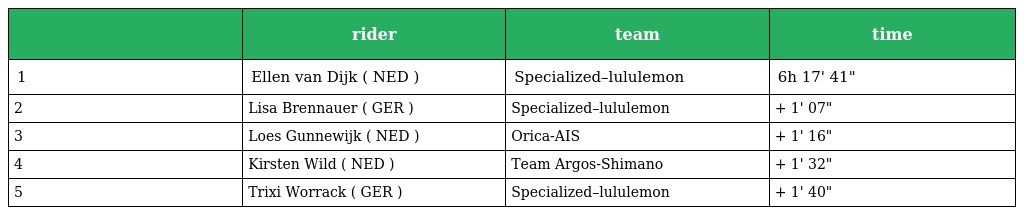
|  | rider | team | time |
 | --- | --- | --- | --- |
 | 1 | Ellen van Dijk ( NED ) | Specialized–lululemon | 6h 17' 41" |
 | 2 | Lisa Brennauer ( GER ) | Specialized–lululemon | + 1' 07" |
 | 3 | Loes Gunnewijk ( NED ) | Orica-AIS | + 1' 16" |
 | 4 | Kirsten Wild ( NED ) | Team Argos-Shimano | + 1' 32" |
 | 5 | Trixi Worrack ( GER ) | Specialized–lululemon | + 1' 40" |